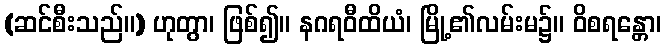
(ဆင်စီးသည်။) ဟုတွာ၊ ဖြစ်၍။ နဂရဝီထိယံ၊ မြို့၏လမ်းမ၌။ ဝိစရန္တော၊